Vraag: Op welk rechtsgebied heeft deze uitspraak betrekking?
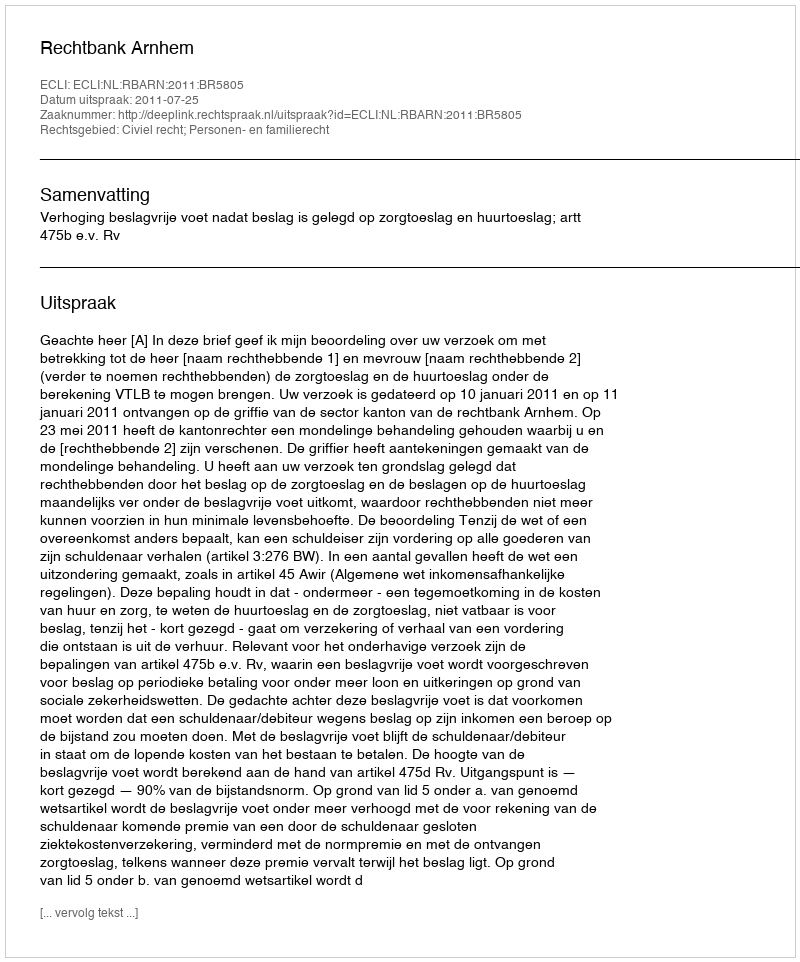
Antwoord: Civiel recht; Personen- en familierecht